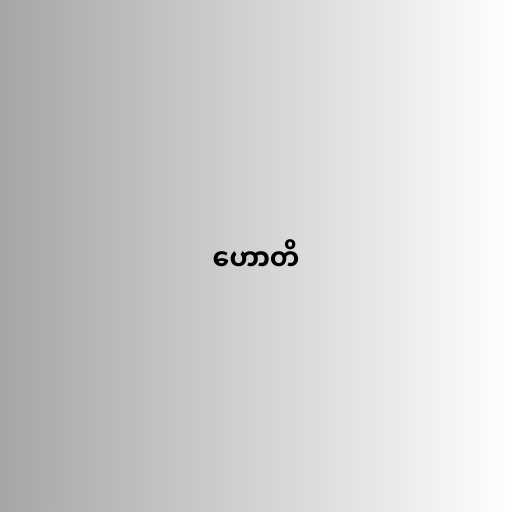
ဟောတိ